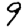
Digit: 9